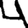
Digit: 4